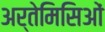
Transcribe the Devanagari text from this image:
अर्तेमिसिओं